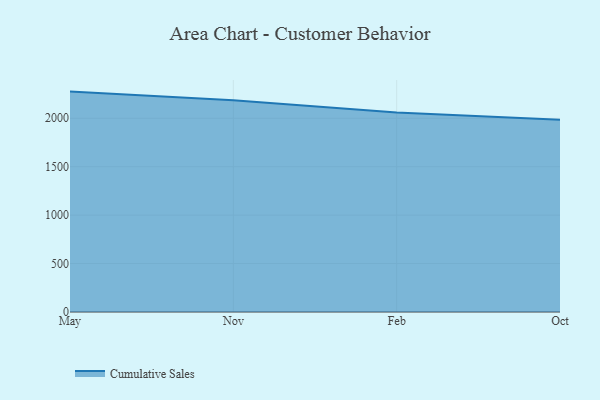
{"axis": {"x": "Month", "y": "Humidity (%)"}, "legend": ["Cumulative Sales"], "data": [{"x": "May", "y": 2275.1, "type": "Cumulative Sales"}, {"x": "Nov", "y": 2186.5, "type": "Cumulative Sales"}, {"x": "Feb", "y": 2060.5, "type": "Cumulative Sales"}, {"x": "Oct", "y": 1983.9, "type": "Cumulative Sales"}]}